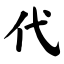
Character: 代